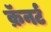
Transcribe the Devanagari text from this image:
क्रॅनर्ट